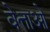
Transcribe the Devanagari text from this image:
वेत्ताओं